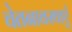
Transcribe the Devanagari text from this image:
चेतनावस्थाएँ